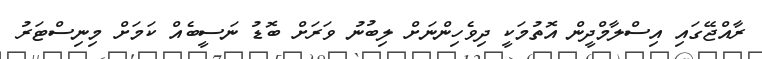
ރާއްޖޭގައި އިސްލާމްދީން އޮތުމަކީ ދިވެހިންނަށް ލިބުނު ވަރަށް ބޮޑު ނަސީބެއް ކަމަށް މިނިސްޓަރު